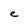
Character: e